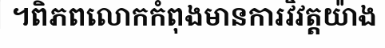
។ពិភពលោកកំពុងមានការវិវត្តយ៉ាង